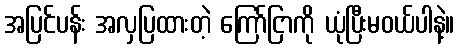
အပြင်ပန်း အလှပြထားတဲ့ ကြော်ငြာကို ယုံပြီးမဝယ်ပါနဲ့။